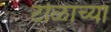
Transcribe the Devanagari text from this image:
टोळाच्या